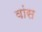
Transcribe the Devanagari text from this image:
वांस